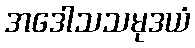
အဒေါသသမုဒယံ